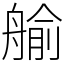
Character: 𦩞